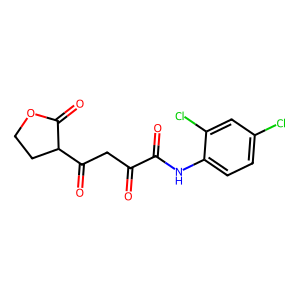
SMILES: O=C(CC(=O)C1CCOC1=O)C(=O)Nc1ccc(Cl)cc1Cl
Inhibits HIV replication: No